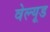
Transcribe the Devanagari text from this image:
वेल्यूड